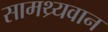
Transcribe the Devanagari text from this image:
सामथ्र्यवान